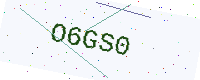
Text: O6GS0